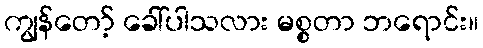
ကျွန်တော့် ခေါ်ပါသလား မစ္စတာ ဘရောင်း။